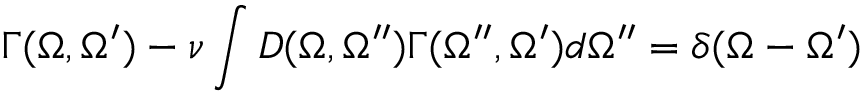
\Gamma ( \Omega , \Omega ^ { \prime } ) - \nu \int D ( \Omega , \Omega ^ { \prime \prime } ) \Gamma ( \Omega ^ { \prime \prime } , \Omega ^ { \prime } ) d \Omega ^ { \prime \prime } = \delta ( \Omega - \Omega ^ { \prime } )